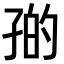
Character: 𪦼